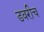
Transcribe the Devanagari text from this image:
डवरीच